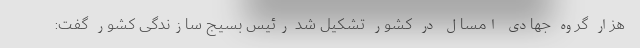
هزار گروه جهادی امسال در کشور تشکیل شد رئیس بسیج سازندگی کشور گفت: